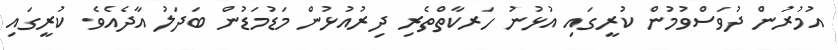
އުމުރުން ދުވަސްވުމުން ކުރީގައި އުޅުނު ހަރކާތްތެރި ދިރުއުޅުން މަޑުމަޑުން ބަދަލު އާދެއެވެ. ކުރީގައި